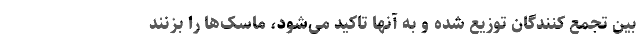
بین تجمع کنندگان توزیع شده و به آنها تاکید می‌شود، ماسک‌ها را بزنند